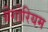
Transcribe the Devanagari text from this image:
ग्रेगोरियम